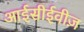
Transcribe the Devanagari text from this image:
आईसीईवीज़